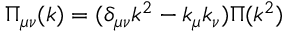
\Pi _ { \mu \nu } ( k ) = ( \delta _ { \mu \nu } k ^ { 2 } - k _ { \mu } k _ { \nu } ) \Pi ( k ^ { 2 } )